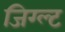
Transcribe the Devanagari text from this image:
जिग्ल्ट